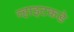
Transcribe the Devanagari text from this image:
व्हाइटकडे